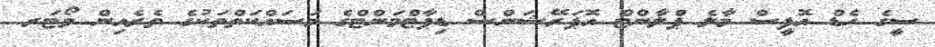
ސީގެ ހެޑް އޮފީސް މާލެ ޕްލާންޓް އޮޕަރޭޝަންސް ޑިޕާޓްމަންޓްގެ މަސަައްކަތްތަކުގެ ތެރެއިން ވޯޓަރ